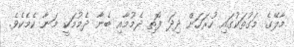
މާލޭގެ މަގުތަކުގައި ހުރަހަށް ދިދަ ފޮތި ދެމުމާއި ބެނާ ދެމުމަކީ މަނާ ކެމެކެވެ.